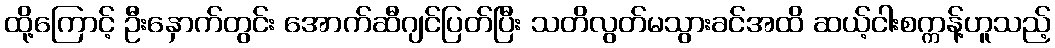
ထို့ကြောင့် ဦးနှောက်တွင်း အောက်ဆီဂျင်ပြတ်ပြီး သတိလွတ်မသွားခင်အထိ ဆယ့်ငါးစက္ကန့်ဟူသည့်